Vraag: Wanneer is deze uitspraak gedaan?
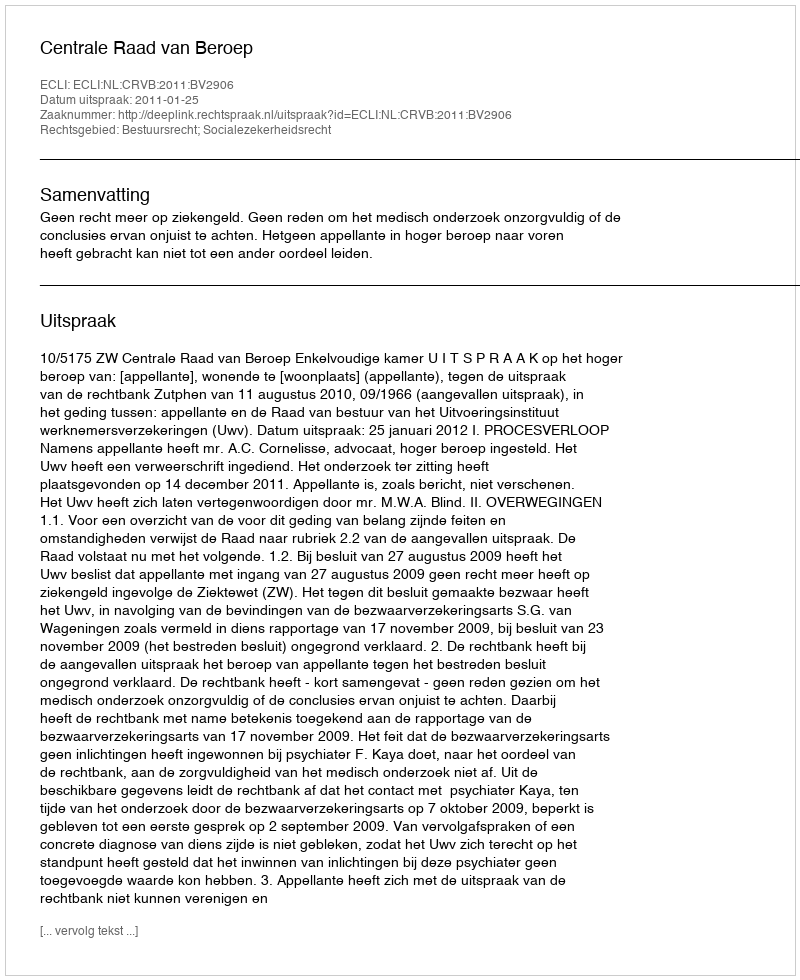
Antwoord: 2011-01-25